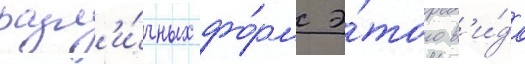
разл'и́чных фо́рм э́того в'и́да